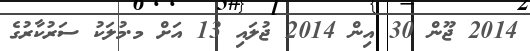
2014 ޖޫން 30 އިން 2014 ޖުލައި 13 އަށް މ.މުލަކު ސަރުކާރުގެ